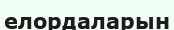
елордаларын